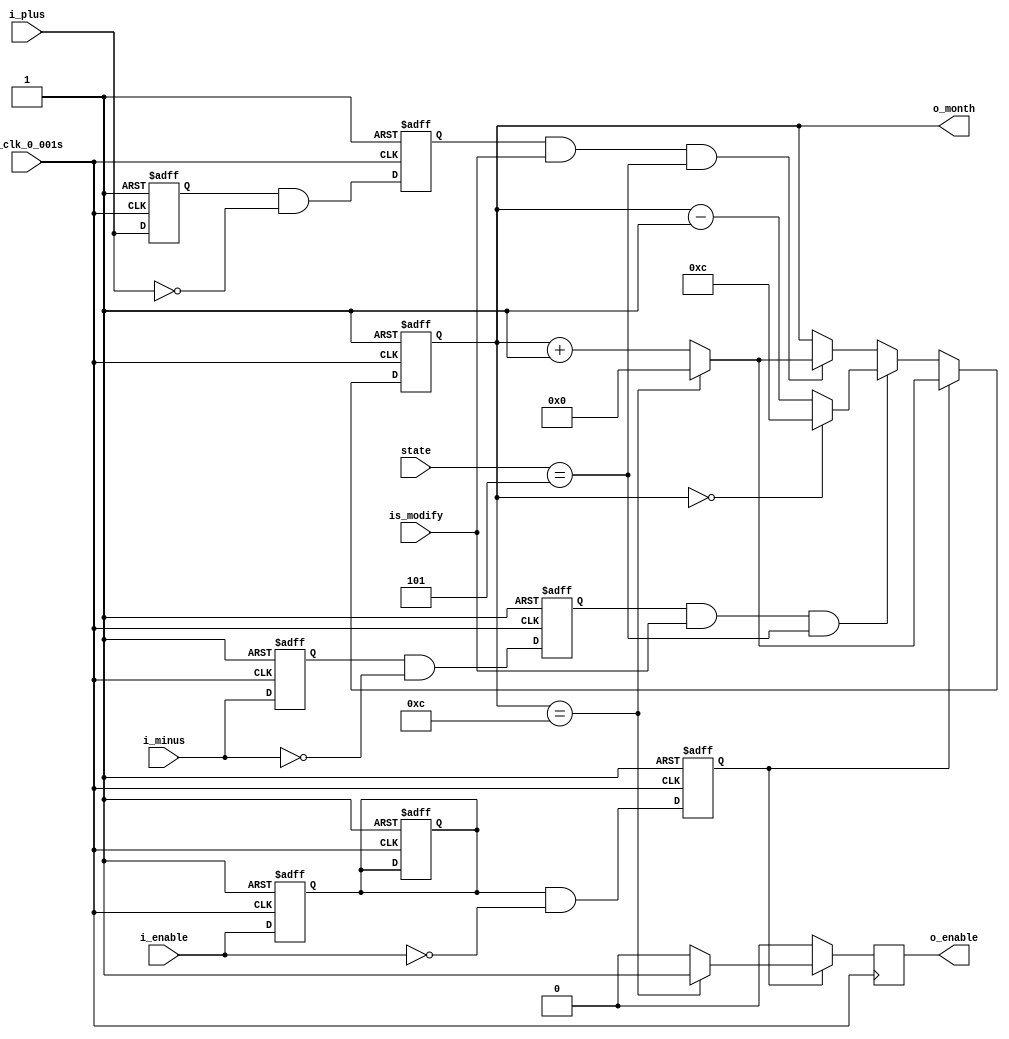
`timescale 1ns / 1ps
//////////////////////////////////////////////////////////////////////////////////
// Company: 
// Engineer: 
// 
// Design Name: 
// Module Name: month
// Project Name: 
// Target Devices: 
// Tool Versions: 
// Description: 
// 
// Dependencies: 
// 
// Revision:
// Revision 0.01 - File Created
// Additional Comments:
// 
//////////////////////////////////////////////////////////////////////////////////


module month(
    input [4:0] state,
    input is_modify,
    input i_plus,
    input i_minus,
    input i_enable,
    input i_clk_0_001s,
    output reg o_enable,
    output reg[14:0] o_month
    );
    
    wire reset = 1;
    
    reg r_enable = 0;
    reg r_enable_falling = 0;
    
    initial
    begin
        o_month <= 5;
        o_enable <= 0;
    end
    
//**************** Calculate the  r_enable_falling ****************//  
  
    always @(posedge i_clk_0_001s, negedge reset)
    begin
        if (reset == 0)
        begin
            r_enable <= 0;
            r_enable_falling <= 0;
        end
        else
        begin
            r_enable <= i_enable;
            r_enable_falling <= r_enable & (~i_enable);
        end
    end    
//**************** Calculate the  r_plus_falling ****************//  
    
    reg r_plus = 0;
    reg r_plus_falling = 0;

    always @(posedge i_clk_0_001s, negedge reset)
    begin
        if (reset == 0)
        begin
            r_plus <= 0;
            r_plus_falling <= 0;
        end
        else
        begin
            r_plus <= i_plus;
            r_plus_falling <= r_plus & (~i_plus);
        end
    end    

//**************** Calculate the  r_minus_falling ****************//
    
    reg r_minus = 0;
    reg r_minus_falling = 0;
    
    always @(posedge i_clk_0_001s, negedge reset)
    begin
        if (reset == 0)
        begin
            r_minus <= 0;
            r_minus_falling <= 0;
        end
        else
        begin
            r_minus <= i_minus;
            r_minus_falling <= r_minus & (~i_minus);
        end
    end        
    
    
    
//************************ Set the minute *******************************//    
    
    
    always @(posedge i_clk_0_001s, negedge reset)
    begin
        if (reset == 0)
        begin
            o_month <= 0;
            r_enable <= 0;
        end
        else
        begin
            if (r_enable_falling == 1)
            begin
                if (o_month == 12)
                begin
                    o_month <= 0;
                    o_enable <= 1;
                end
                else
                begin
                    o_month <= o_month + 1;
                    o_enable <= 0;
                end
            end
            else if (r_minus_falling == 1 && is_modify == 1 && state == 5)
            begin
                if (o_month == 0)
                    o_month <= 12;
                else
                    o_month <= o_month - 1;
                o_enable <= 0;
            end
            else if (r_plus_falling == 1 && is_modify == 1 && state == 5)
            begin
                if (o_month == 12)
                    o_month <= 0;
                else
                    o_month <= o_month + 1;
                o_enable <= 0;
            end
            else
            begin
                o_month <= o_month;
                o_enable <= 0;
            end
        end    
    end
    
endmodule